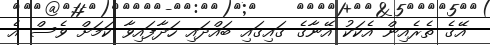
އޭގެ ތެރެއިން އެކަކު އޭނާގެ ގައިގައި ބައްދައި ހަދާފައިވާ ކަމަށް ވެސް އެ